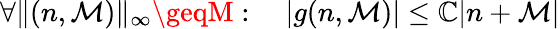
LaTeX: \forall\| (n,\mathcal{M})\| _{\infty}\geqM:\quad|g(n,\mathcal{M})|\leq\mathbb{C}|n+\mathcal{M}|